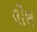
લોભ